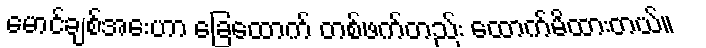
မောင်ချစ်အေးဟာ ခြေထောက် တစ်ဖက်တည်း ထောက်မိထားတယ်။